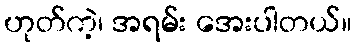
ဟုတ်ကဲ့၊ အရမ်း အေးပါတယ်။